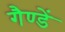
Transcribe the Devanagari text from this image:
गैण्डें